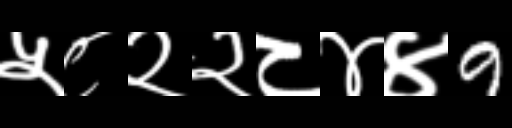
Text: ५८२२८४४9